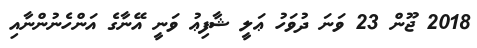
2018 ޖޫން 23 ވަނަ ދުވަހު ޢަލީ ޝާފިޢު ވަނީ އޭނާގެ އަންހެނުންނާއި